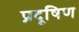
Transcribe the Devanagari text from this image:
प्रदूषिण